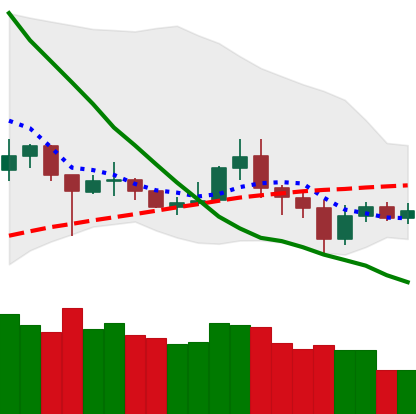
Ticker: NEO-USD
Chart end date: 2020-07-01
Forward return: 4.01%
Label: up_3_5